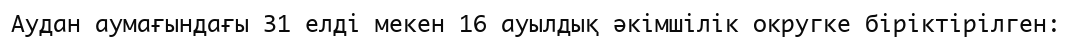
Аудан аумағындағы 31 елді мекен 16 ауылдық әкімшілік округке біріктірілген: